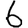
Digit: 6